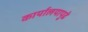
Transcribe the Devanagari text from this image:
कार्यालयापुढे